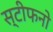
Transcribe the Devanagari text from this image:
स्टीफनो